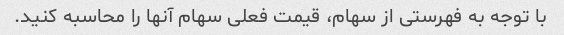
با توجه به فهرستی از سهام، قیمت فعلی سهام آنها را محاسبه کنید.